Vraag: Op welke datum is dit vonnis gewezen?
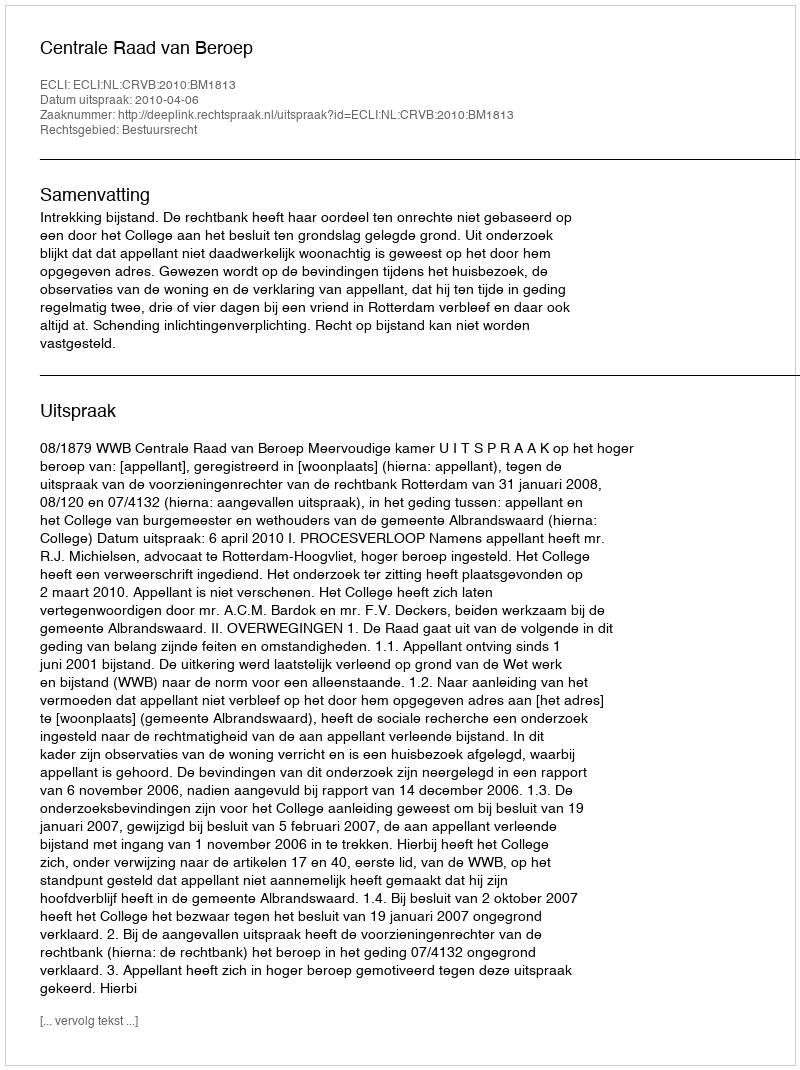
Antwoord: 2010-04-06